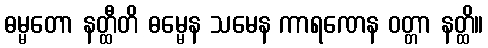
ဓမ္မတော နတ္ထီတိ ဓမ္မေန သမေန ကာရဏေန ဝတ္တာ နတ္ထိ။